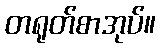
တရုတ်စာအုပ်။